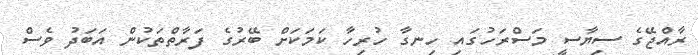
ރާއްޖޭގެ ސިޔާސީ މަސްރަހުގައި ހިނގާ ހުރިހާ ކަމަކަށް ބޭރުގެ ފަރާތްތަކުން އަބަދު ވެސް